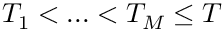
T _ { 1 } < . . . < T _ { M } \leq T